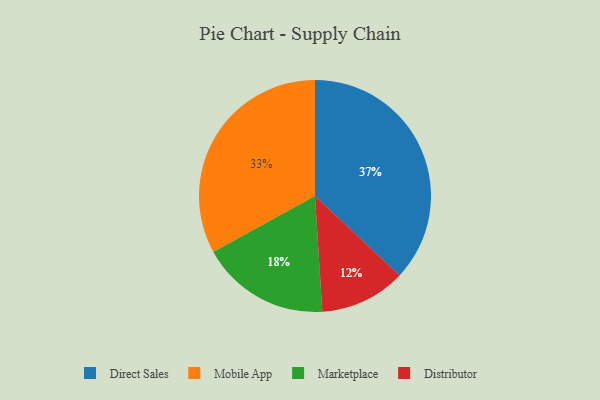
{"axis": {"x": "Category", "y": "Percentage"}, "legend": ["Direct Sales", "Distributor", "Marketplace", "Mobile App"], "data": [{"x": "Mobile App", "y": 33, "type": "Mobile App"}, {"x": "Marketplace", "y": 18, "type": "Marketplace"}, {"x": "Distributor", "y": 12, "type": "Distributor"}, {"x": "Direct Sales", "y": 37, "type": "Direct Sales"}]}